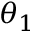
\theta _ { 1 }